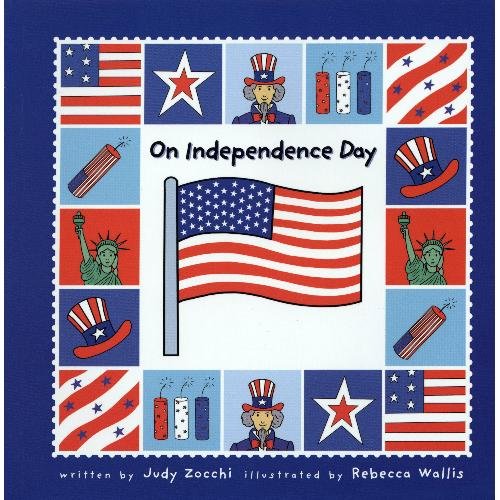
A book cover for Independence Day (Holiday Happenings); Judith Mazzeo Zocchi; Children's Books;